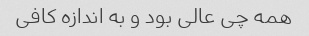
همه چی عالی بود و به اندازه کافی